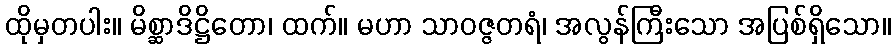
ထိုမှတပါး။ မိစ္ဆာဒိဋ္ဌိတော၊ ထက်။ မဟာ သာဝဇ္ဇတရံ၊ အလွန်ကြီးသော အပြစ်ရှိသော။